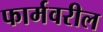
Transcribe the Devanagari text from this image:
फार्मवरील